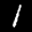
Label: 1